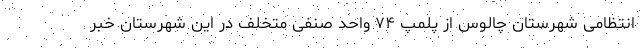
انتظامی شهرستان چالوس از پلمپ ۷۴ واحد صنفی متخلف در این شهرستان خبر